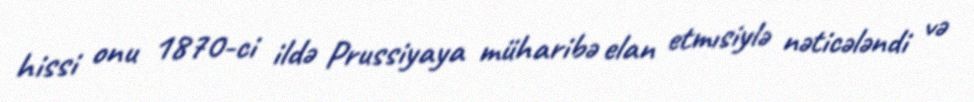
hissi onu 1870-ci ildə Prussiyaya müharibə elan etmısiylə nəticələndi və